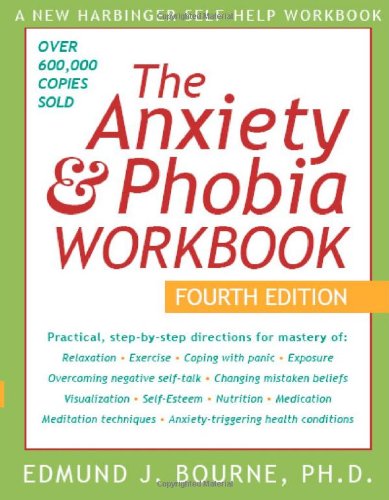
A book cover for The Anxiety & Phobia Workbook, Fourth Edition; Edmund J. Bourne; Self-Help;